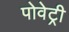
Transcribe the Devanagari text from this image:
पोवेट्री